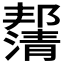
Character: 𰝙